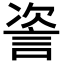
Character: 𬢤